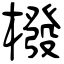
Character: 橃